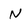
Character: N